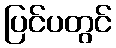
ပြင်ပတွင်